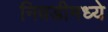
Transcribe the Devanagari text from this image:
निवडीमध्ये